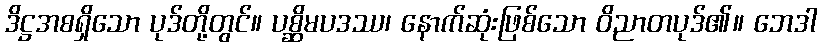
ဒိဋ္ဌအစရှိသော ပုဒ်တို့တွင်။ ပစ္ဆိမပဒဿ၊ နောက်ဆုံးဖြစ်သော ဝိညာတပုဒ်၏။ ဘေဒါ